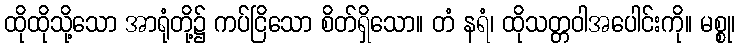
ထိုထိုသို့သော အာရုံတို့၌ ကပ်ငြိသော စိတ်ရှိသော။ တံ နရံ၊ ထိုသတ္တဝါအပေါင်းကို။ မစ္စု၊